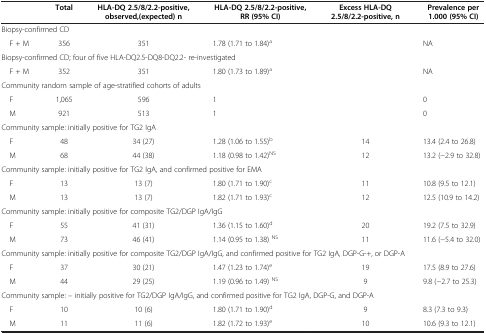
<table><thead><tr><td><b> </b></td><td><b>Total</b></td><td><b>HLA-DQ 2.5/8/2.2-positive, observed,(expected) n</b></td><td><b>HLA-DQ 2.5/8/2.2-positive, RR (95% CI)</b></td><td><b>Excess HLA-DQ 2.5/8/2.2-positive, n</b></td><td><b>Prevalence per 1.000 (95% CI)</b></td></tr></thead><tbody><tr><td colspan="6">Biopsy-confirmed CD</td></tr><tr><td> F + M</td><td>356</td><td>351</td><td>1.78 (1.71 to 1.84)<sup>a</sup></td><td> </td><td>NA</td></tr><tr><td colspan="6">Biopsy-confirmed CD; four of five HLA-DQ2.5-DQ8-DQ2.2- re-investigated</td></tr><tr><td> F + M</td><td>352</td><td>351</td><td>1.80 (1.73 to 1.89)<sup>a</sup></td><td> </td><td>NA</td></tr><tr><td colspan="6">Community random sample of age-stratified cohorts of adults</td></tr><tr><td> F</td><td>1,065</td><td>596</td><td>1</td><td> </td><td>0</td></tr><tr><td> M</td><td>921</td><td>513</td><td>1</td><td> </td><td>0</td></tr><tr><td colspan="6">Community sample: initially positive for TG2 IgA</td></tr><tr><td> F</td><td>48</td><td>34 (27)</td><td>1.28 (1.06 to 1.55)<sup>b</sup></td><td>14</td><td>13.4 (2.4 to 26.8)</td></tr><tr><td> M</td><td>68</td><td>44 (38)</td><td>1.18 (0.98 to 1.42)<sup>NS</sup></td><td>12</td><td>13.2 (−2.9 to 32.8)</td></tr><tr><td colspan="6">Community sample: initially positive for TG2 IgA, and confirmed positive for EMA</td></tr><tr><td> F</td><td>13</td><td>13 (7)</td><td>1.80 (1.71 to 1.90)<sup>c</sup></td><td>11</td><td>10.8 (9.5 to 12.1)</td></tr><tr><td> M</td><td>13</td><td>13 (7)</td><td>1.82 (1.71 to 1.93)<sup>c</sup></td><td>12</td><td>12.5 (10.9 to 14.2)</td></tr><tr><td colspan="6">Community sample: initially positive for composite TG2/DGP IgA/IgG</td></tr><tr><td> F</td><td>55</td><td>41 (31)</td><td>1.36 (1.15 to 1.60)<sup>d</sup></td><td>20</td><td>19.2 (7.5 to 32.9)</td></tr><tr><td> M</td><td>73</td><td>46 (41)</td><td>1.14 (0.95 to 1.38) <sup>NS</sup></td><td>11</td><td>11.6 (−5.4 to 32.0)</td></tr><tr><td colspan="6">Community sample: initially positive for composite TG2/DGP IgA/IgG, and confirmed positive for TG2 IgA, DGP-G-+, or DGP-A</td></tr><tr><td> F</td><td>37</td><td>30 (21)</td><td>1.47 (1.23 to 1.74)<sup>e</sup></td><td>19</td><td>17.5 (8.9 to 27.6)</td></tr><tr><td> M</td><td>44</td><td>29 (25)</td><td>1.19 (0.96 to 1.49) <sup>NS</sup></td><td>9</td><td>9.8 (−2.7 to 25.3)</td></tr><tr><td colspan="6">Community sample: – initially positive for TG2/DGP IgA/IgG, and confirmed positive for TG2 IgA, DGP-G, and DGP-A</td></tr><tr><td> F</td><td>10</td><td>10 (6)</td><td>1.80 (1.71 to 1.90)<sup>d</sup></td><td>9</td><td>8.3 (7.3 to 9.3)</td></tr><tr><td> M</td><td>11</td><td>11 (6)</td><td>1.82 (1.72 to 1.93)<sup>e</sup></td><td>10</td><td>10.6 (9.3 to 12.1)</td></tr></tbody></table>